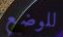
للوضع